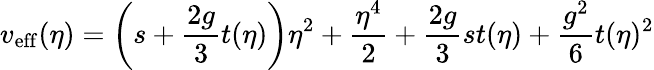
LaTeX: v_{\mathrm{eff}}(\eta)=\left(s+\frac{2g}{3}t(\eta)\right)\eta^{2}+\frac{\eta^{4}}{2}+\frac{2g}{3}st(\eta)+\frac{g^{2}}6t(\eta)^{2}